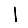
Digit: 1